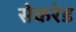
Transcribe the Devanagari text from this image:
सेकरेड